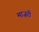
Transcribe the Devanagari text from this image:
माज़री